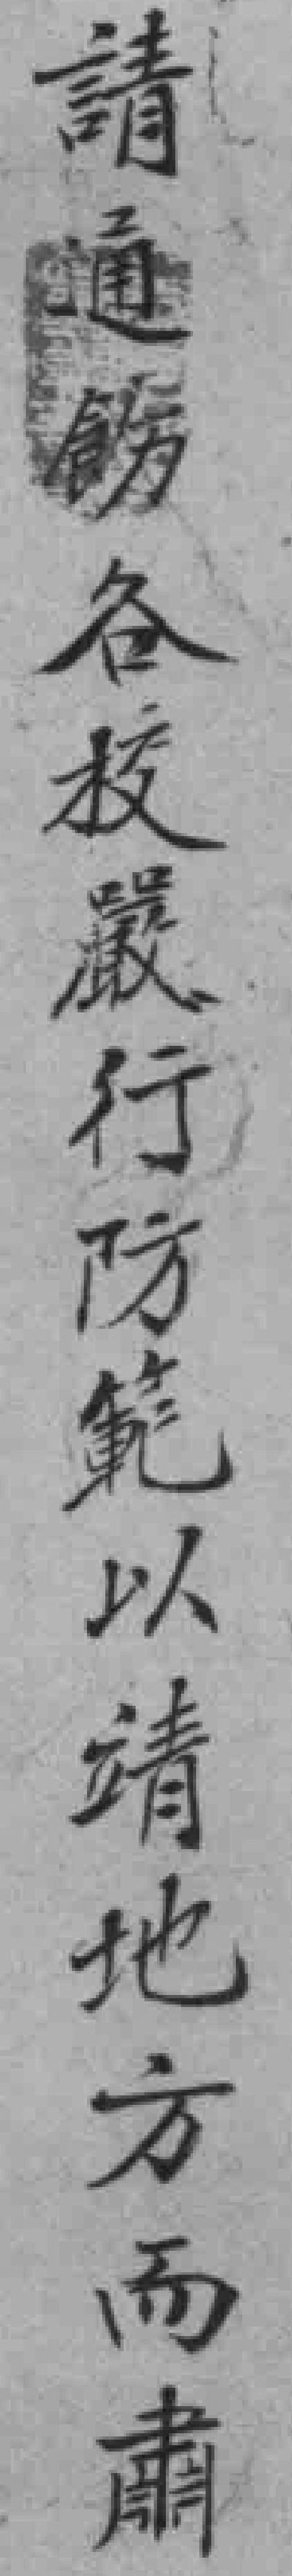
請通飭各校嚴行防範以靖地方而肅